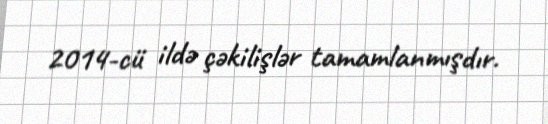
2014-cü ildə çəkilişlər tamamlanmışdır.